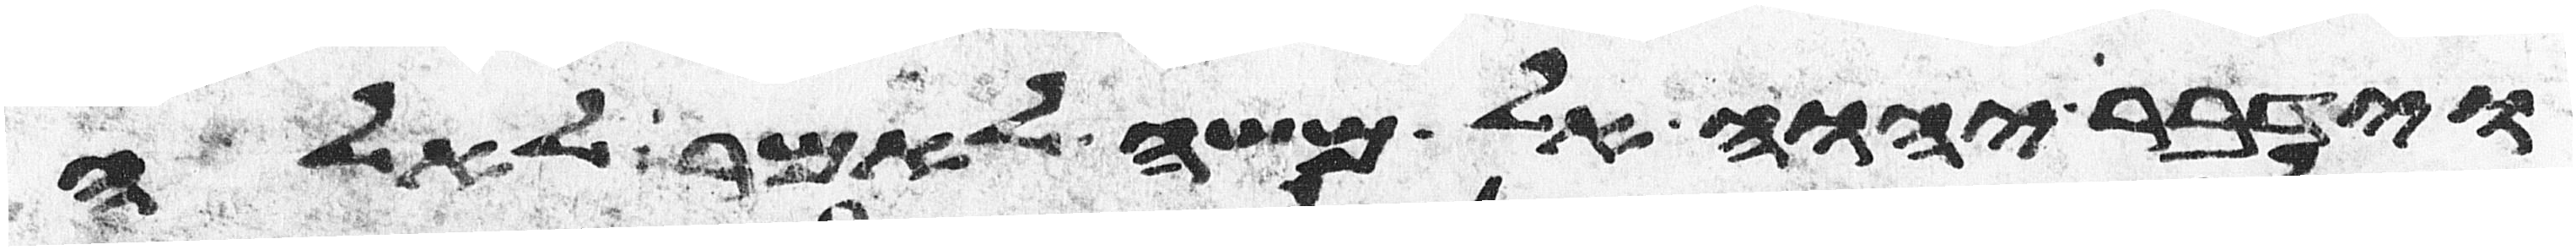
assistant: וידבר יהוה אל משה לאמר לאלה